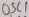
Text: OSC1